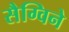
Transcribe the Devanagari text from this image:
सैग्विने